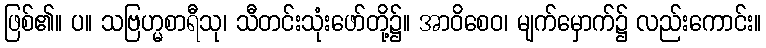
ဖြစ်၏။ ပ။ သဗြဟ္မစာရီသု၊ သီတင်းသုံးဖော်တို့၌။ အာဝိစေဝ၊ မျက်မှောက်၌ လည်းကောင်း။